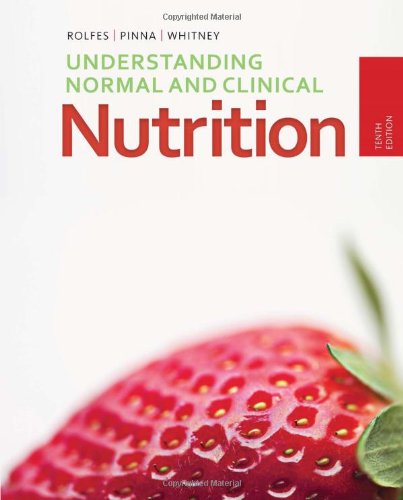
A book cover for Understanding Normal and Clinical Nutrition; Sharon Rady Rolfes; Medical Books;